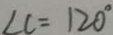
\angle C = 1 2 0 ^ { \circ }